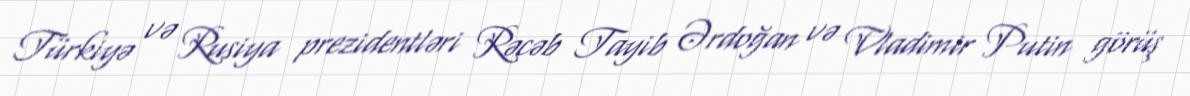
Türkiyə və Rusiya prezidentləri Rəcəb Tayib Ərdoğan və Vladimir Putin görüş